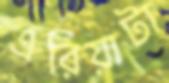
এরিয়াটা